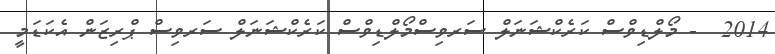
2014  - މޯލްޑިވްސް ކަރެކްޝަނަލް ސަރވިސްމޯލްޑިވްސް ކަރެކްޝަނަލް ސަރވިސް ޕްރިޒަން އެކަޑަމީ